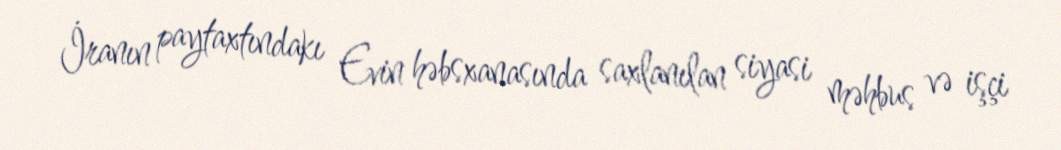
İranın paytaxtındakı Evin həbsxanasında saxlanılan siyasi məhbus və işçi